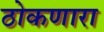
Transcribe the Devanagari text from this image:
ठोकणारा